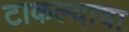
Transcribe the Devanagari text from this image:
टाकल्याचा